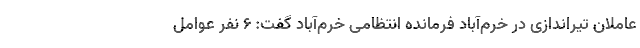
عاملان تیراندازی در خرم‌آباد فرمانده انتظامی خرم‌آباد گفت: ۶ نفر عوامل